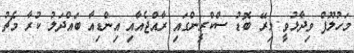
މަހުލޫފް ވިދާޅުވީ މިރޭ ބޮޑު ސްކްރީންގައި ރާއްޖެއާއި އިންޑިއާ ބައްދަލު ކުރާ މެޗު